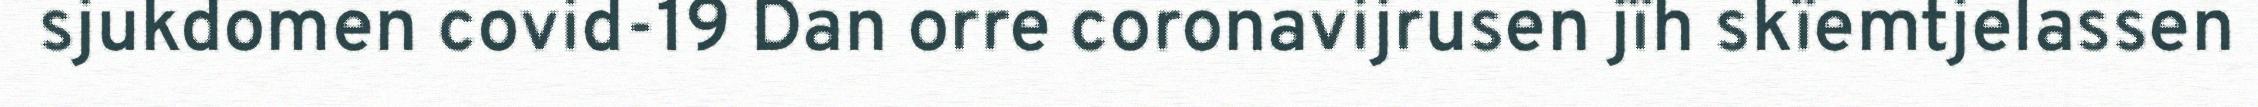
sjukdomen covid-19 Dan orre coronavijrusen jïh skïemtjelassen